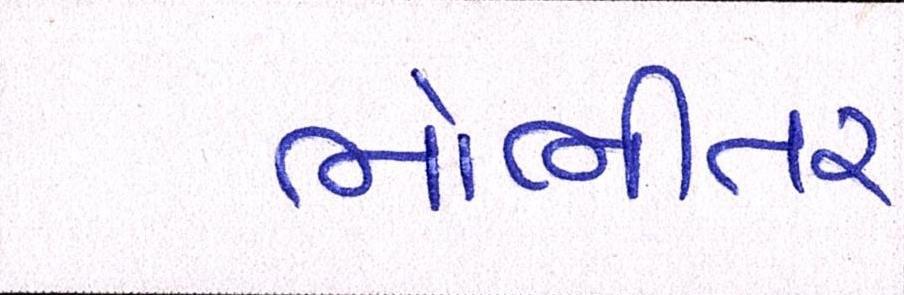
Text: ભોભીતર